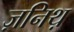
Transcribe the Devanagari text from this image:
ज़निथ़